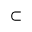
\subset